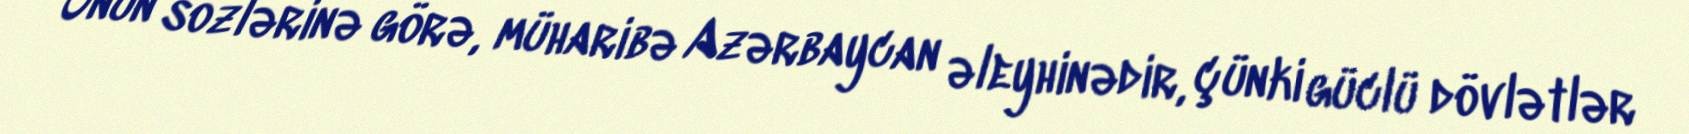
Onun sözlərinə görə, müharibə Azərbaycan əleyhinədir, çünki güclü dövlətlər